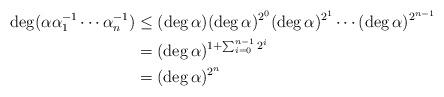
LaTeX: \begin{align*}\deg(\alpha\alpha_1^{-1}\cdots\alpha_n^{-1}) & \leq (\deg\alpha)(\deg\alpha)^{2^0}(\deg\alpha)^{2^1}\cdots(\deg\alpha)^{2^{n-1}} \\& = (\deg\alpha)^{1 + \sum_{i=0}^{n-1}2^i} \\& = (\deg\alpha)^{2^n}\end{align*}